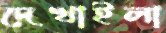
দেখাইলা